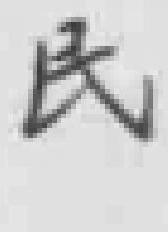
民